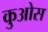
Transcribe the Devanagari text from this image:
कुओस